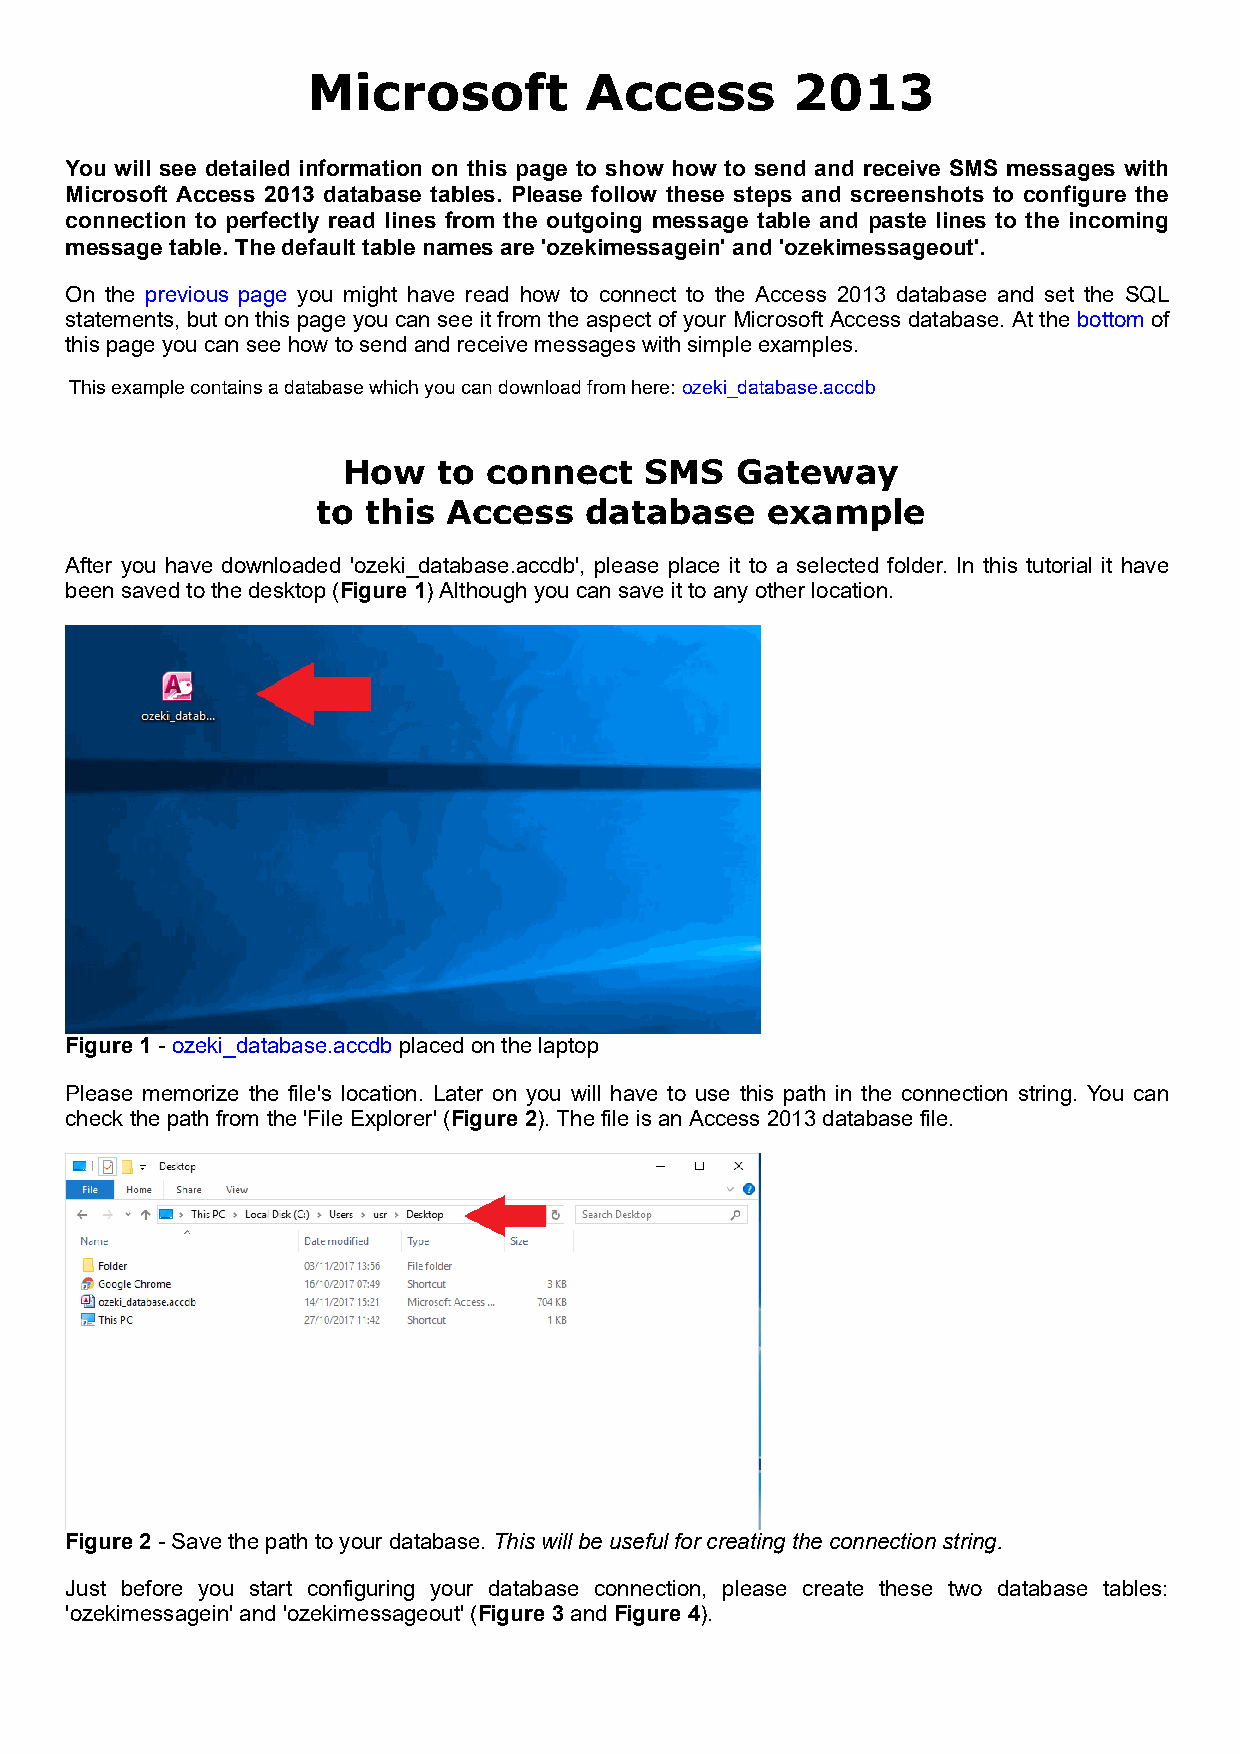
Microsoft          Access       2013
 You will see detailed information on this page to show how to send and receive SMS messages with
 Microsoft Access 2013 database tables. Please follow these steps and screenshots to configure the
 connection to perfectly read lines from the outgoing message table and paste lines to the incoming
 message table. The default table names are 'ozekimessagein' and 'ozekimessageout'.
 On the previous page you might have read how to connect to the Access 2013 database and set the SQL
 statements, but on this page you can see it from the aspect of your Microsoft Access database. At the bottom of
 this page you can see how to send and receive messages with simple examples.
 This example contains a database which you can download from here:ozeki_database.accdb
 How   to connect    SMS   Gateway
 to this  Access   database    example
 After you have downloaded 'ozeki_database.accdb', please place it to a selected folder. In this tutorial it have
 been saved to the desktop (Figure 1) Although you can save it to any other location.
 Figure 1 - ozeki_database.accdb placed on the laptop
 Please memorize the file's location. Later on you will have to use this path in the connection string. You can
 check the path from the 'File Explorer' (Figure 2). The file is an Access 2013 database file.
 Figure 2 - Save the path to your database. This will be useful for creating the connection string.
 Just before you start configuring your database connection, please create these two database tables:
 'ozekimessagein' and 'ozekimessageout' (Figure 3 and Figure 4).